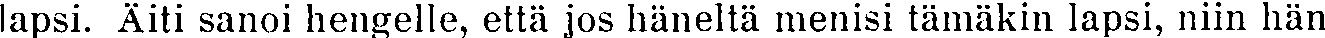
lapsi. Äiti sanoi hengelle, että jos häneltä menisi tämäkin lapsi, niin hän